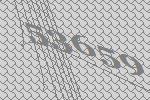
53659